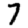
Digit: 7